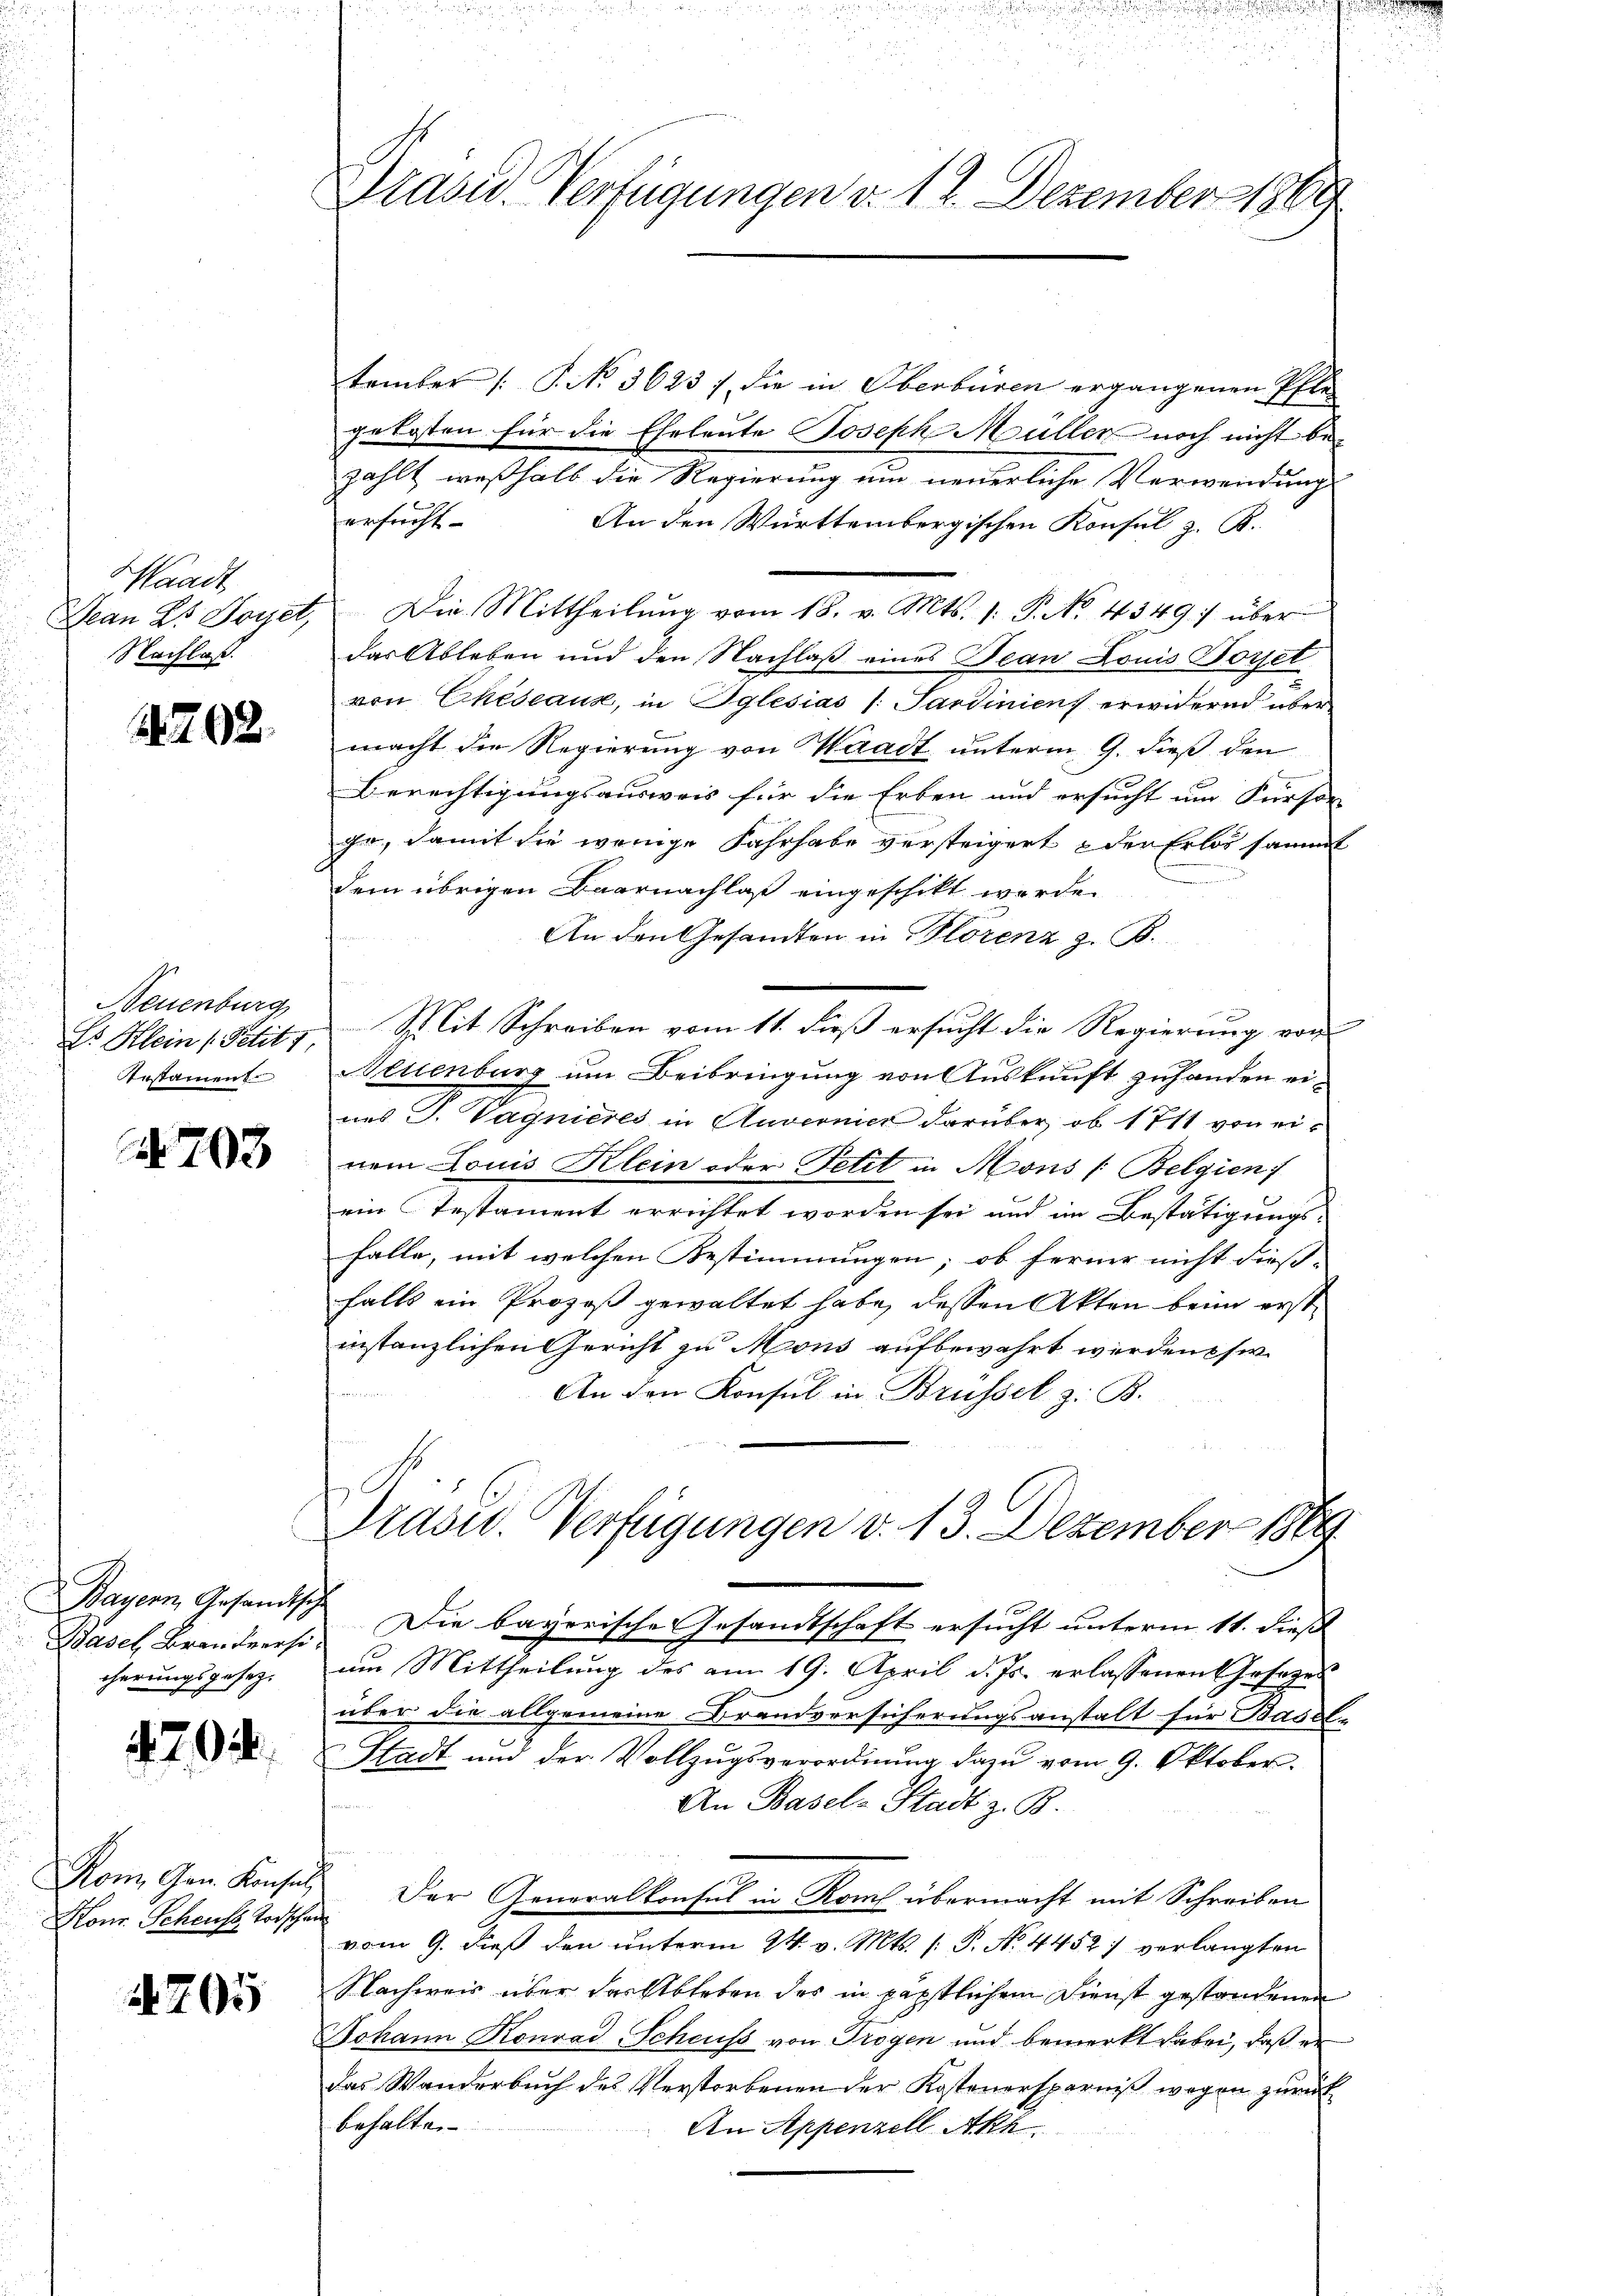
Waadt
Mean 25 Joyel,
Nachlaß.

1702.

Neuenburg
Testament

703

Bayern, Gesandtsche
cherungsgesetz.

20

Rom. Gen. Konsul,
Konr. Scheuss, Todschen

4705

Präsid. Verfügungen v. 12. Dezember 1869

tember /: P. No. 3623 / die in Oberbüren ergangenen Pfle
gekosten für die Eheleute Joseph Müller noch nicht bezahlt, weßhalb die Regierung um neuerliche Verwendungs
ersucht.
An den Württembergischen Konsul z. B.
das Ableben und den Nachlaß eines Jean Louis Borel
von Cheseaux, in Iglesias /: Sardinien erwidernd über
macht die Regierung von Waadt unterm 9. dieß den
Berechtigungsausweis für die Erben und ersucht um Fürson
ge, damit die wenige Fahrhabe versteigert & der Erlös sammt
dem übrigen Baarnachlaß eingeschikt werde.
An den Gesandten in Plorenz z. B.
Es Klein (Petitz Split Schreiben vom 11. dieß ersucht die Regierung von
Neuenburg um Beibringung von Auskunft zuhanden ei-
nes J. Vagnieres in Anverner darüber, ob 1711 von einem Louis Klein oder Petit in Mons (Belgien)
ein Testament errichtet worden sei und im Bestätigungsfalle, mit welchen Bestimmungen, ob ferner nicht dies-
falls ein Prozeß gewaltet habe, dessen Akten beim erstinstanzlichen Gericht zu Mons aufbewahrt werden sie
An den Konsul in Brüssel z. B.
Präsid. Verfügungen v. 13. Dezember 1869
Basel, Branderes Die bayerische Gesandtschaft ersucht unterm 11. diess |
um Mittheilung des am 19. April d. Js. erlassenen Gesezes
über die allgemeine Brandversicherungsanstalt für Basel-
Stadt und der Vollzugsverordnung dazu vom 9. Oktober.
An Basel-Stadt z. B.
Der Generalkonsul in Koml übermacht mit Schreiben
vom 9. dieß den unterm 24. v. Mts. (: P. No. 4452) verlangten
Nachweis über der Ableben des in päpstlichem Dienst gestandenen
Johann Konrad Scheuss von Trogen und bemerkt dabei, daß er
das Wanderbŭch des Verstorbenen der Kostenersparniß wegen zurück
behalten
An Appenzell Akh

Die Mittheilŭng vom 18. v. Mts. 1. P. No. 4349) über